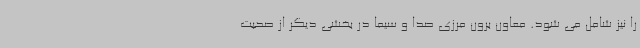
را نیز شامل می شود. معاون برون مرزی صدا و سیما در بخشی دیگر از صحبت